NAE_Eesti_seltside_protokollid_1900-1917, lk 61
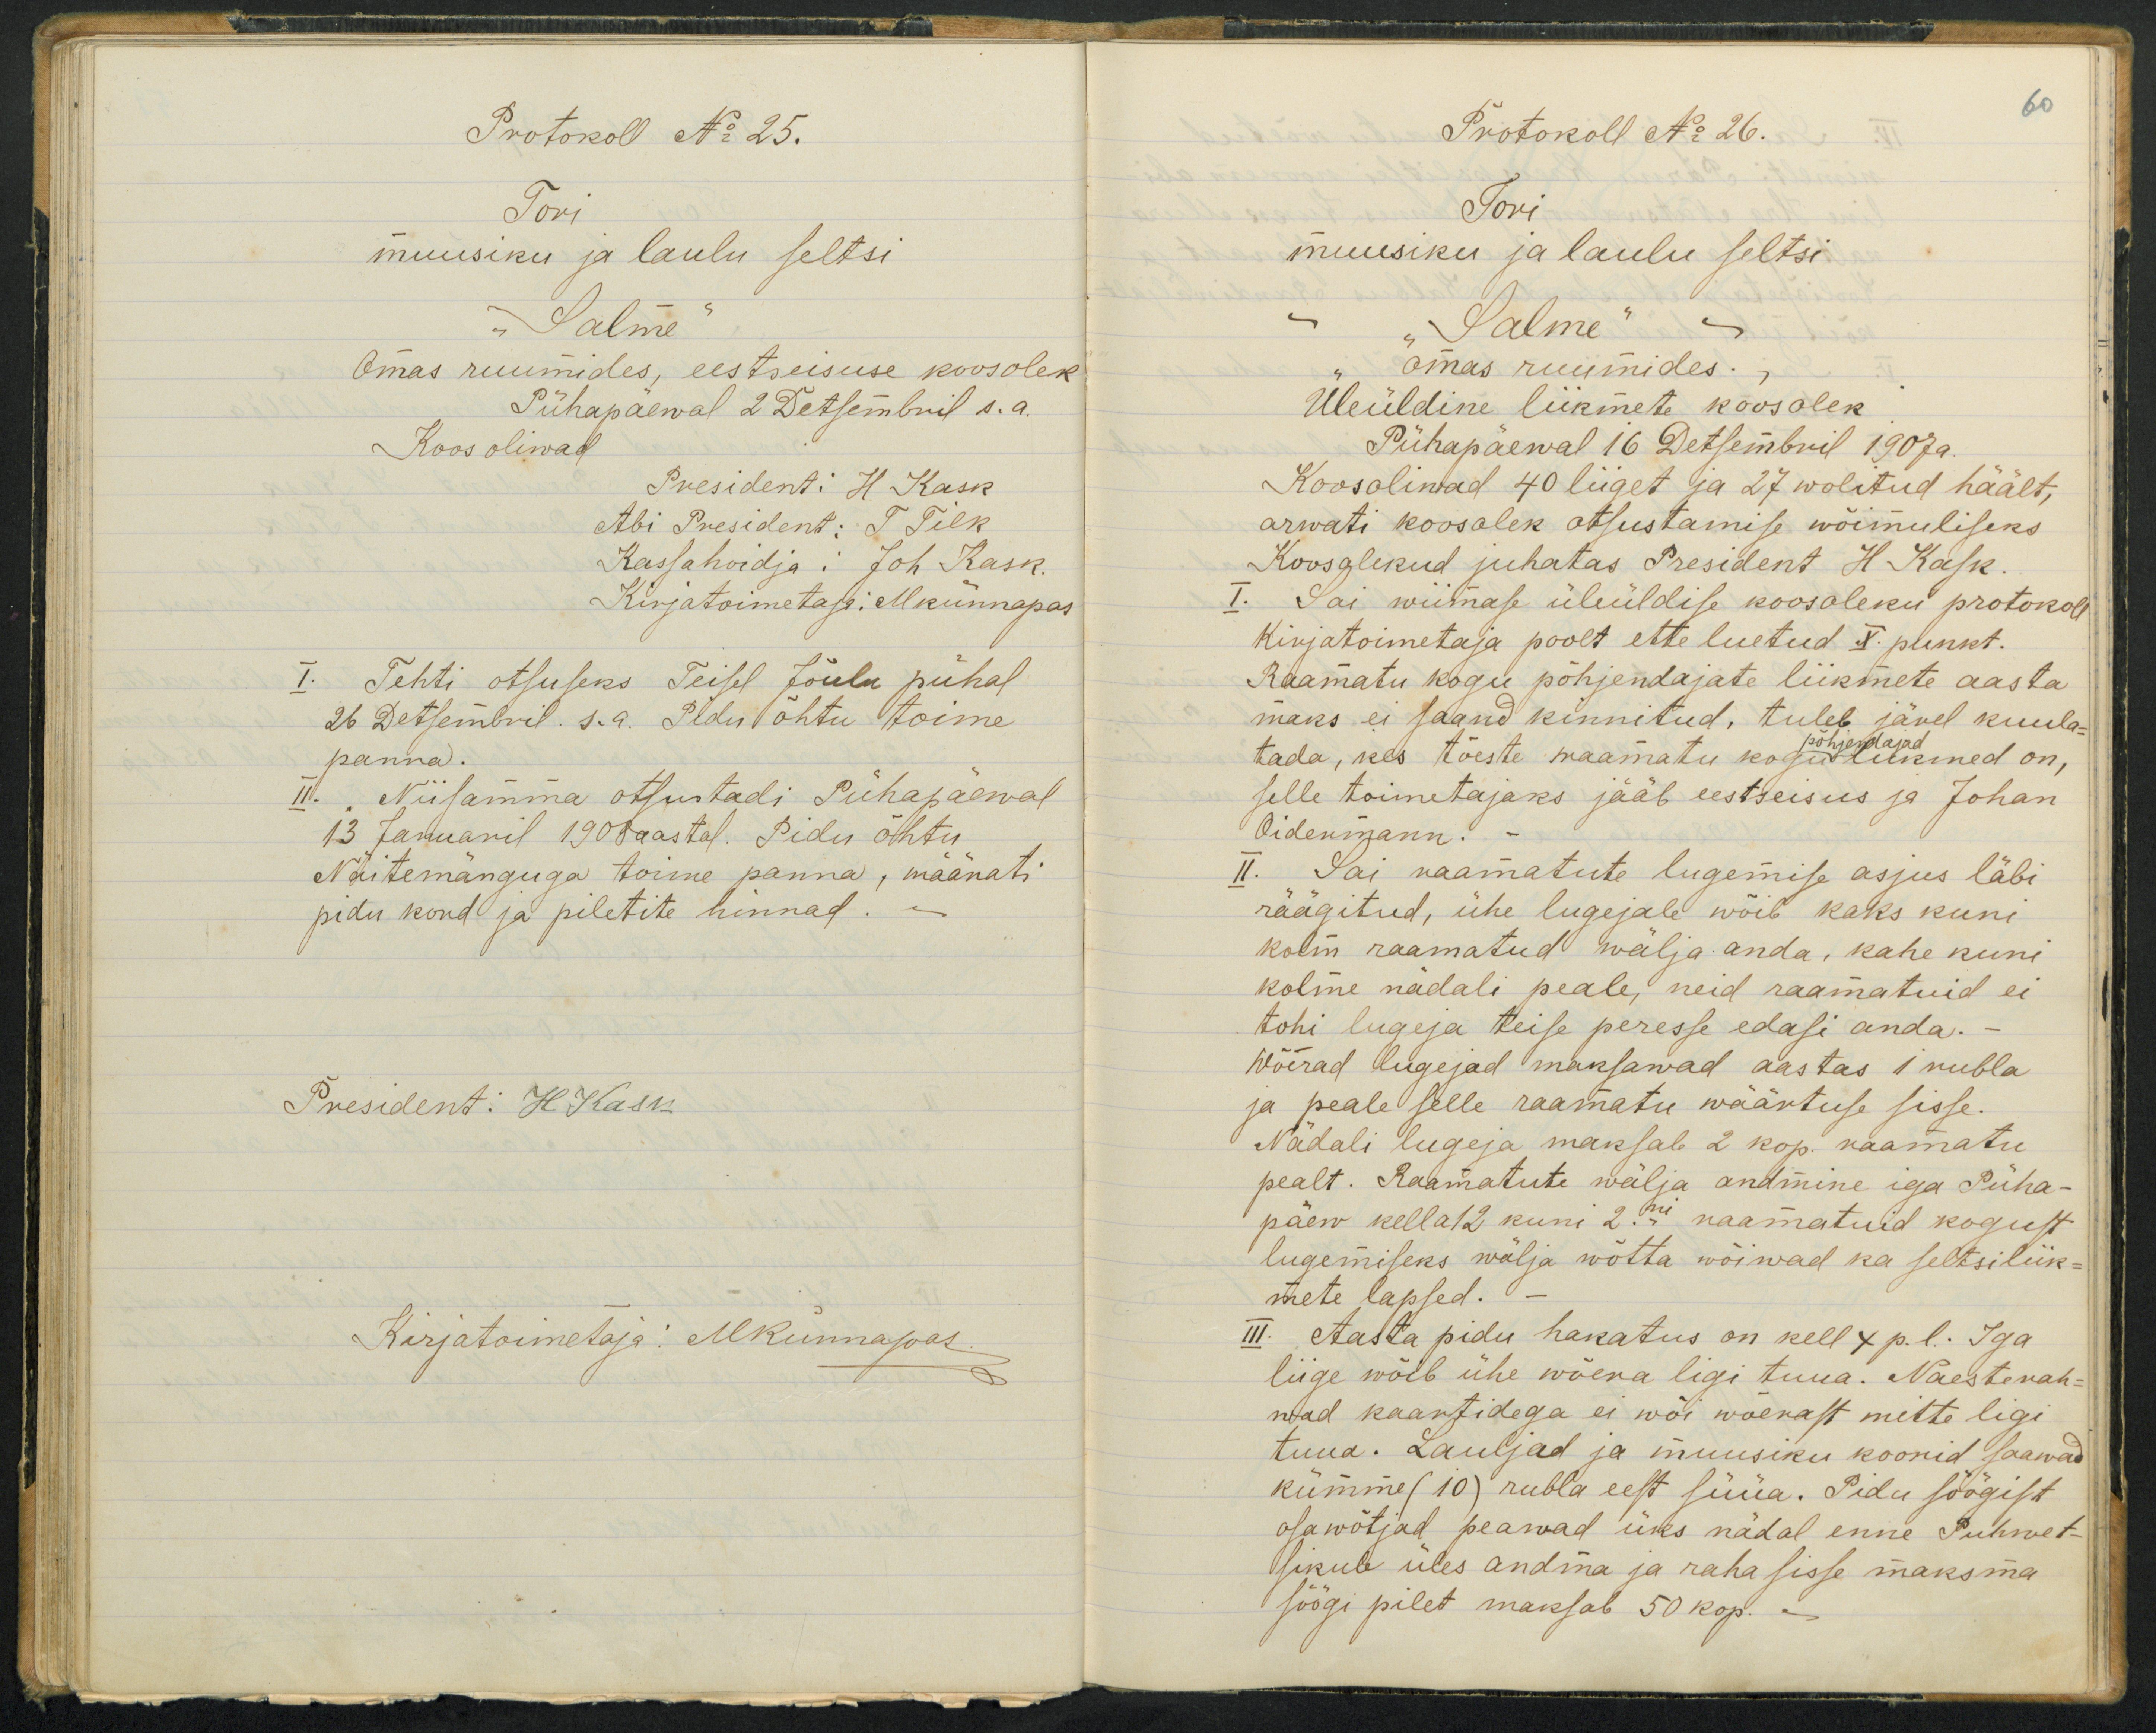
Protokoll No 25.
Tori
muusiku ja laulu seltsi
"Salme
Omas ruumides, eestseisuse koosolek
Pühapäewal 2 Detsembril s.a.
Koos oliwad
Tehti otsuseks Teisel Jõulu pühal
26 Detsembril. s.a. Pidu õhtu toime
panna.
II. Niisamma otsustadi Pühapäewal
13 Januanil 1908 aastal. Pidu õhtu
Näitemänguga toime panna, määrati
pidu kord ja piletite hinnad

Protokoll Nr 26.
Tori
muusiku ja laulu seltsi
"Salme"
omas ruumides.
Üleüldine liikmete koosolek
Pühapäewal 16 Detsembril 1907a.
Koosoliwad 40 liiget ja 27 wolitud häält,
arwati koosolek otsustamise wõimuliseks
Koosolekud juhatas President H Kask
Sai wiimase üleüldise koosoleku protokoll
kirjatoimetaja poolt ette luetud X. punkt.
Raamatu kogu põhjendajate liikmete aasta
maks ei saand kinnitud, tuleb järel kuula-
tada, kes tõeste raamatu kogu liikmed on,
selle toimetajaks jääb eestseisus ja Johan
Oidenmann.
II. Sai raamatute lugemise asjus läbi
räägitud, ühe lugejale wõib kaks kuni
kolm raamatud wälja anda, kahe kuni
kolme nädali peale, neid raamatuid ei
tohi lugeja teise peresse edasi anda.-
Wõerad lugejad maksawad aastas 1 rubla
ja peale selle raamatu wäärtuse sisse.
Nädali lugeja maksab 2 kop. raamatu
pealt. Raamatute wälja andmine iga Püha-
päew kella 12 kuni 2.- raamatuid kogust
lugemiseks wälja wõtta wõiwad ka seltsiliik-
mete lapsed.
III. Aasta pidu hakatus on kell 4 p.l. Iga
liige wõib ühe wõera ligi tuua. Naesterah-
wad kaartidega ei wõi wõerast mitte ligi
tuua. Lauljad ja muusiku koorid saawad
kümme (10) rubla eest süüa. Pidu söögist
osawõtjad peawad üks nädal enne Puhwet-
sikule üles andma ja raha sisse maksma
söögi pilet maksab 50 kop.